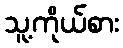
သူ့ကိုယ်စား